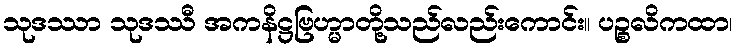
သုဒဿာ သုဒဿီ အကနိဋ္ဌဗြဟ္မာတို့သည်လည်းကောင်း။ ပဉ္စလိကထာ၊